65_HS1-834228961_62-HQ-83894_Serial_403
Agency: FBI
Page 2
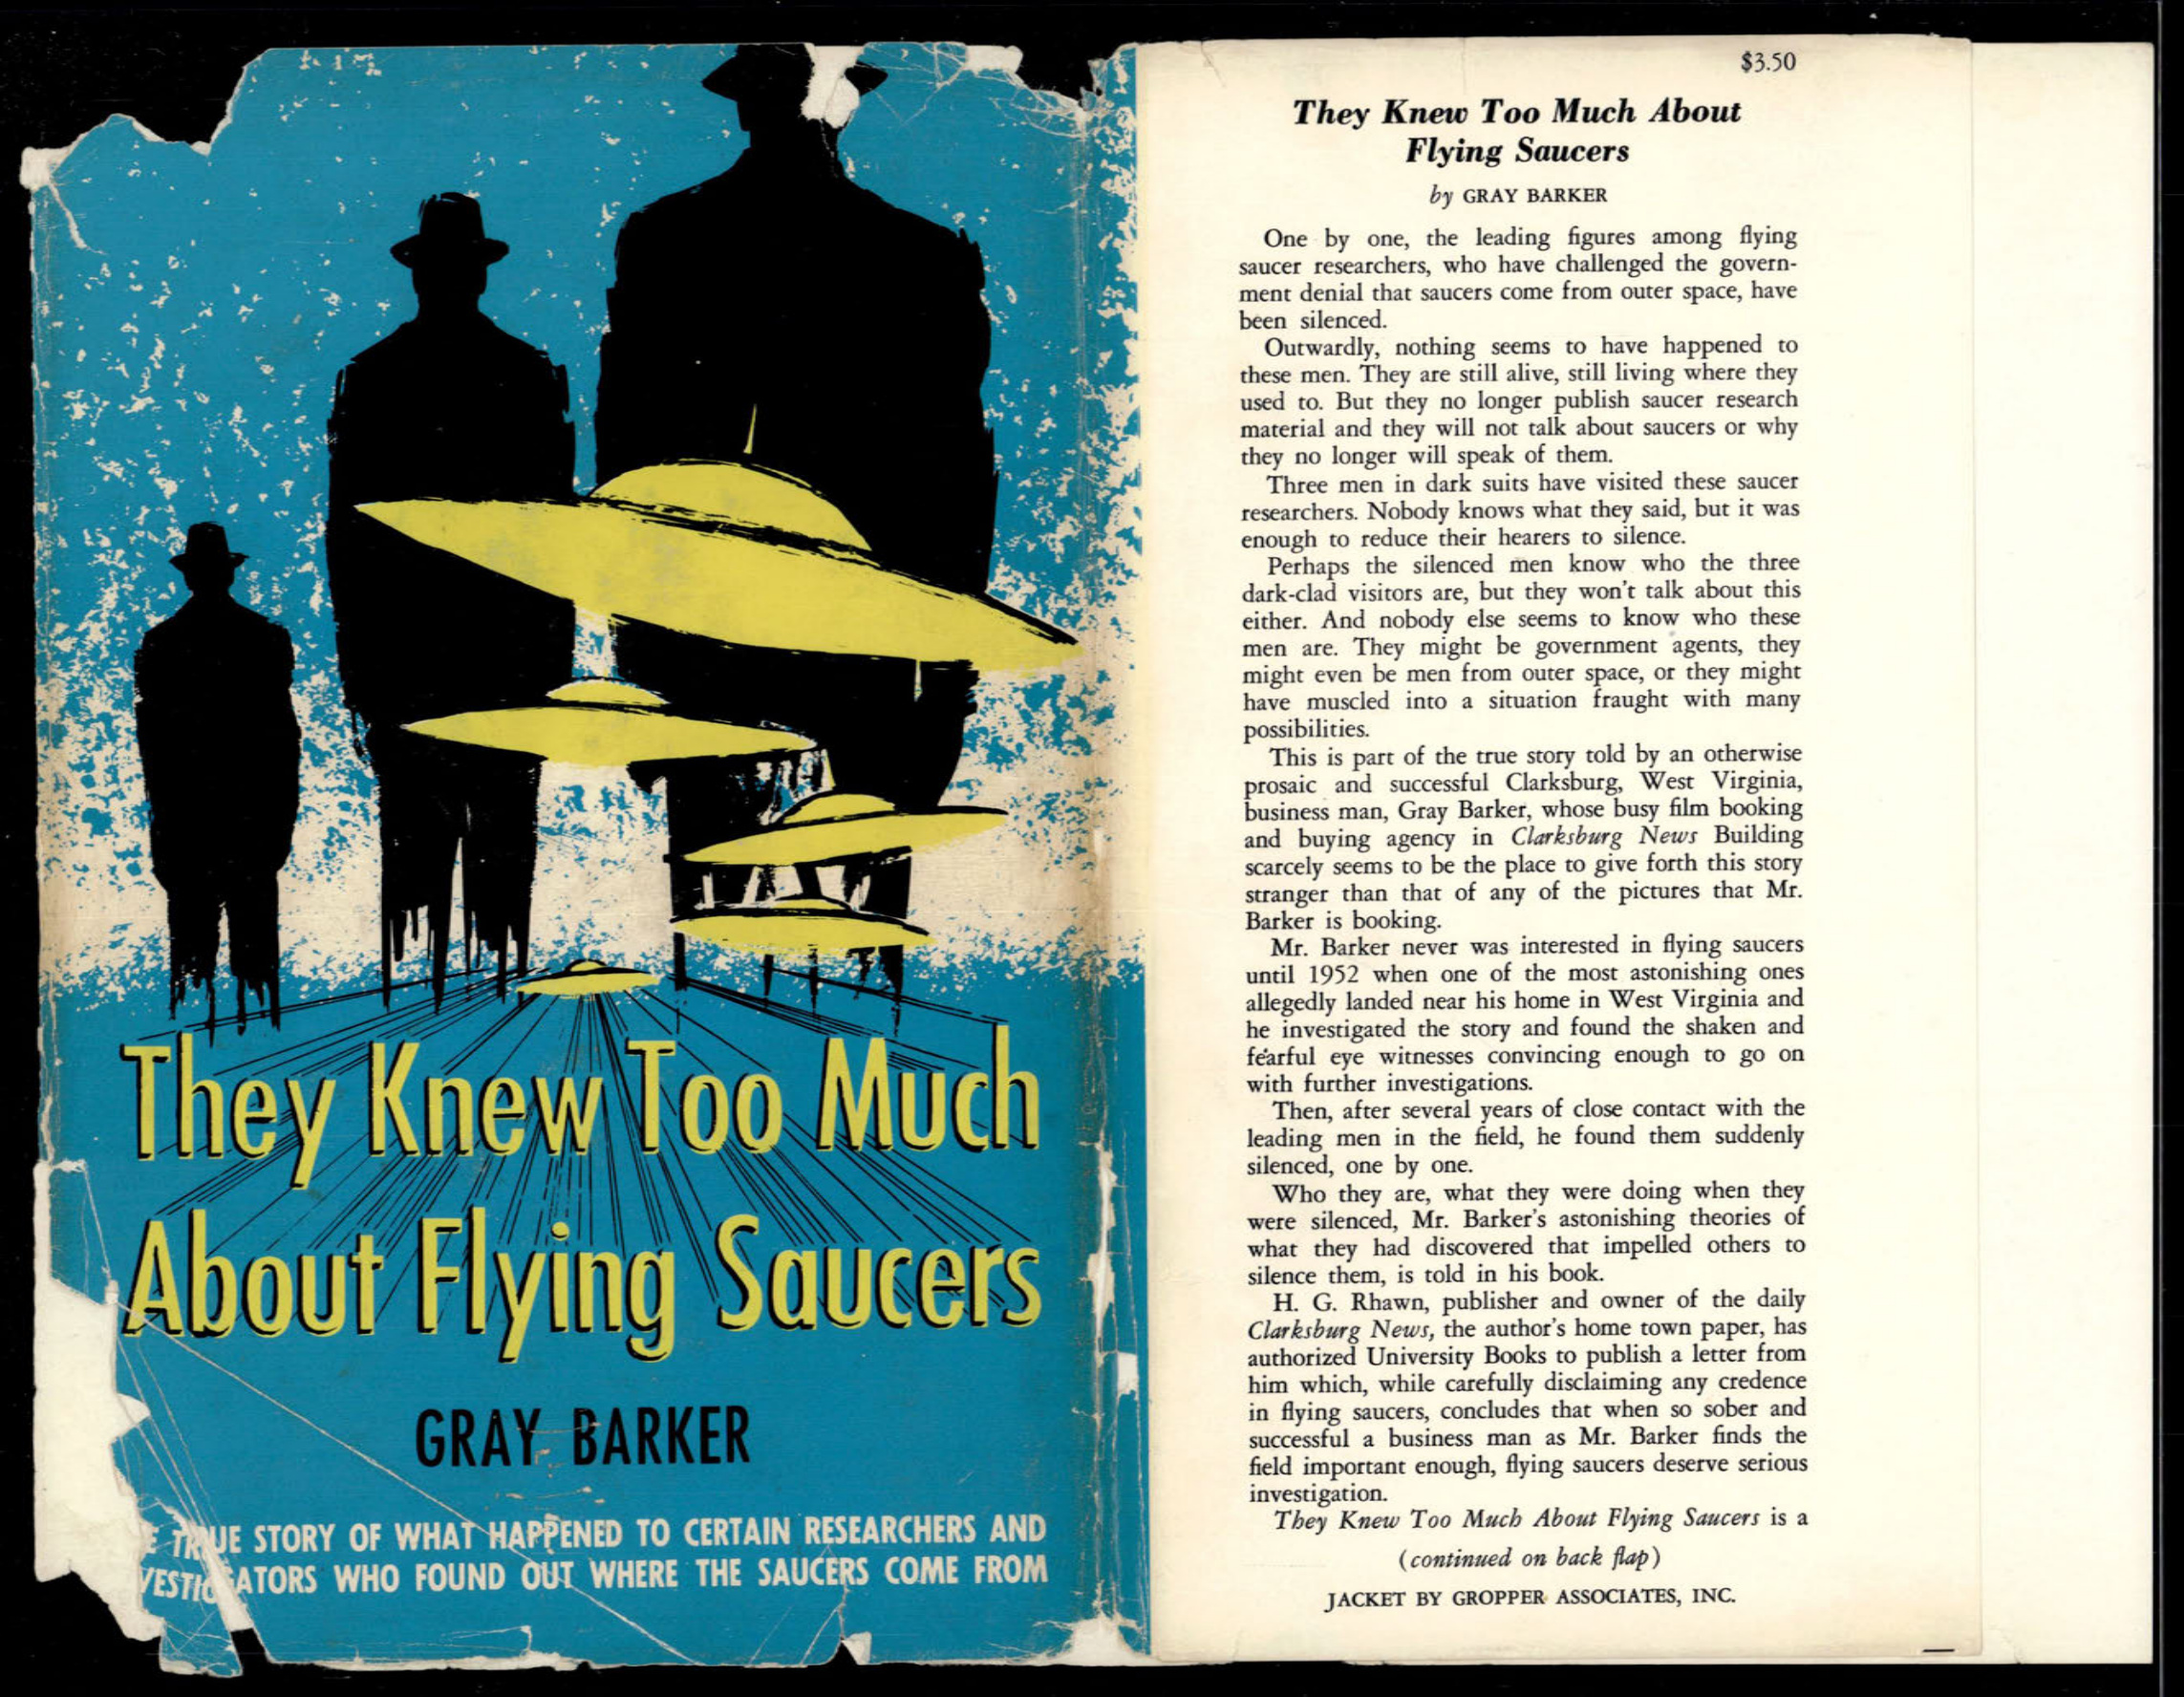